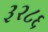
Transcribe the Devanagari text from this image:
३२८६